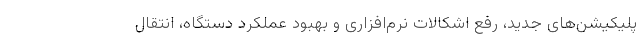
پلیکیشن‌های جدید، رفع اشکالات نرم‌افزاری و بهبود عملکرد دستگاه، انتقال